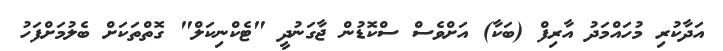
އަދާކުރި މުހައްމަދު އާރިފް (ބަކާ) އަށްވެސް ސްކޮޑުން ޖާގަނުދީ "ޓެކްނިކަލް" ގޮތްތަކަށް ބެލުމަށްފަހު